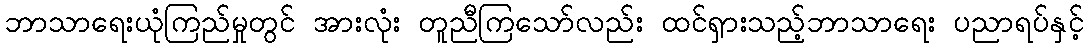
ဘာသာရေးယုံကြည်မှုတွင် အားလုံး တူညီကြသော်လည်း ထင်ရှားသည့်ဘာသာရေး ပညာရပ်နှင့်